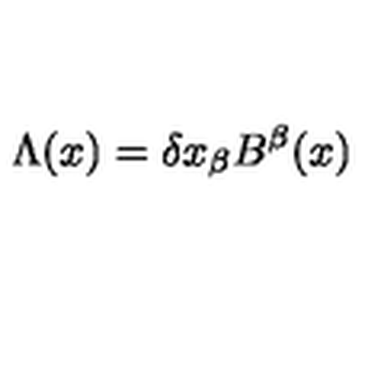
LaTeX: \Lambda ( x ) = \delta x _ { \beta } B ^ { \beta } ( x )